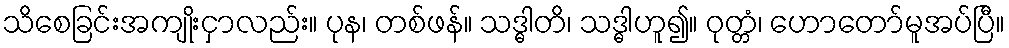
သိစေခြင်းအကျိုးငှာလည်း။ ပုန၊ တစ်ဖန်။ သဒ္ဓါတိ၊ သဒ္ဓါဟူ၍။ ဝုတ္တံ၊ ဟောတော်မူအပ်ပြီ။